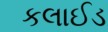
કલાઈડ